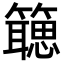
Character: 𬕻